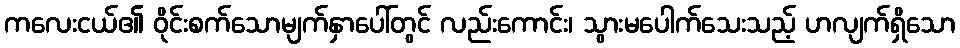
ကလေးငယ်၏ ဝိုင်းစက်သောမျက်နှာပေါ်တွင် လည်းကောင်း၊ သွားမပေါက်သေးသည့် ဟလျက်ရှိသော